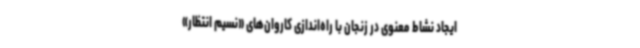
ایجاد نشاط معنوی در زنجان با راه‌اندازی کاروان‌های «نسیم انتظار»